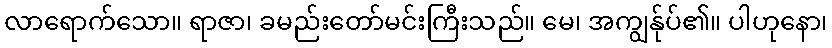
လာရောက်သော။ ရာဇာ၊ ခမည်းတော်မင်းကြီးသည်။ မေ၊ အကျွန်ုပ်၏။ ပါဟုနော၊